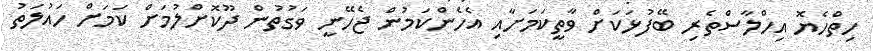
ހިތްހެޔޮ އިހްލާސްތެރި ބޭފުޅަކަށް ވާތީކަމަށާއި އެހެންކަމުން ޖެހޭނީ ވަގުތުން ދޫކޮށްލުމަށް ކަމަށް ހައުލަތު